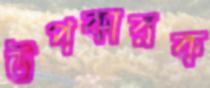
উপকারক